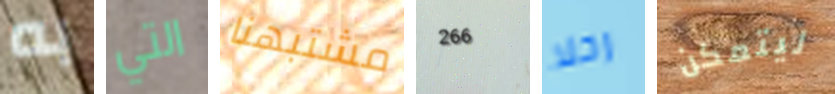
به التي مشتبهنا 266 رحلا ليتمكن